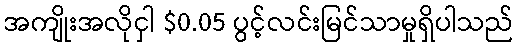
အကျိုးအလိုငှါ $0.05 ပွင့်လင်းမြင်သာမှုရှိပါသည်